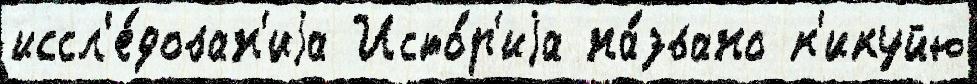
иссл'е́дован'иjа Исто́р'иjа на́звано к'икуйю